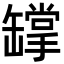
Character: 罉